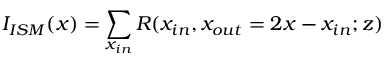
I _ { I S M } ( x ) = \displaystyle \sum _ { x _ { i n } } R ( x _ { i n } , x _ { o u t } = 2 x - x _ { i n } ; z )